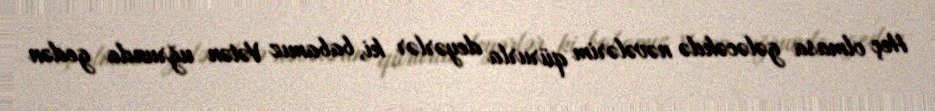
Heç olmasa gələcəkdə nəvələrim qürurla deyərlər ki, babamız Vətən uğrunda gedən